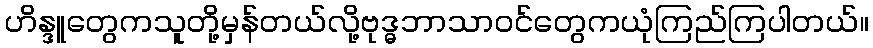
ဟိန္ဒူတွေကသူတို့မှန်တယ်လို့ဗုဒ္ဓဘာသာဝင်တွေကယုံကြည်ကြပါတယ်။